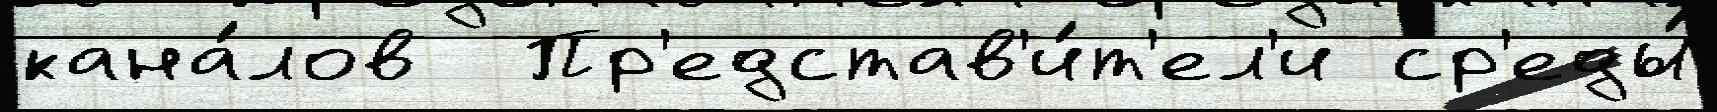
кана́лов  Пр'едстав'и́т'ел'и ср'еды́